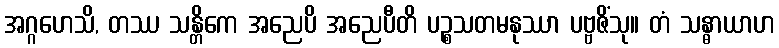
အဂ္ဂဟေသိ, တဿ သန္တိကေ အညေပိ အညေပီတိ ပဉ္စသတမနုဿာ ပဗ္ဗဇိံသု။ တံ သန္ဓာယာဟ